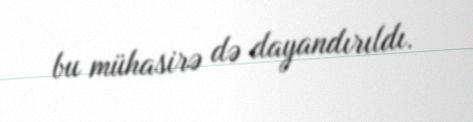
bu mühasirə də dayandırıldı.